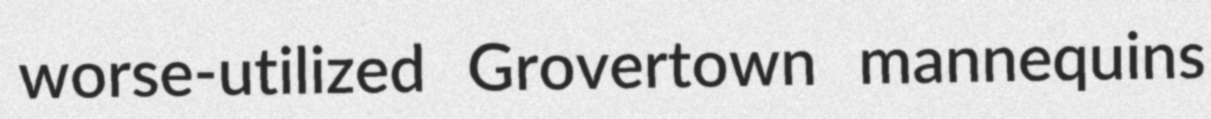
worse-utilized Grovertown mannequins